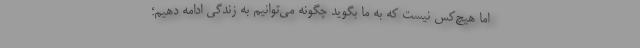
اما هیچ‌کس نیست که به ما بگوید چگونه می‌توانیم به زندگی ادامه دهیم؛